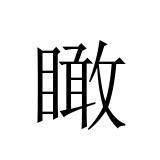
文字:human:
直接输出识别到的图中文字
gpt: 瞰